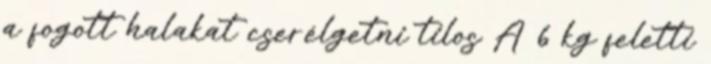
a fogott halakat cserélgetni tilos A 6 kg feletti